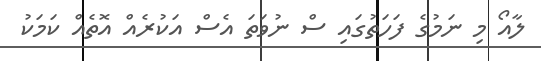
ލާއޯ މި ނަމުގެ ފަހަތުގައި ސް ނުވަތަ އެސް އަކުރެއް އޮތެއް ކަމަކު